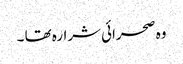
وہ صحرائی شرارہ تھا ۔